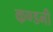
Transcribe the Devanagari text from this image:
कण्डनी